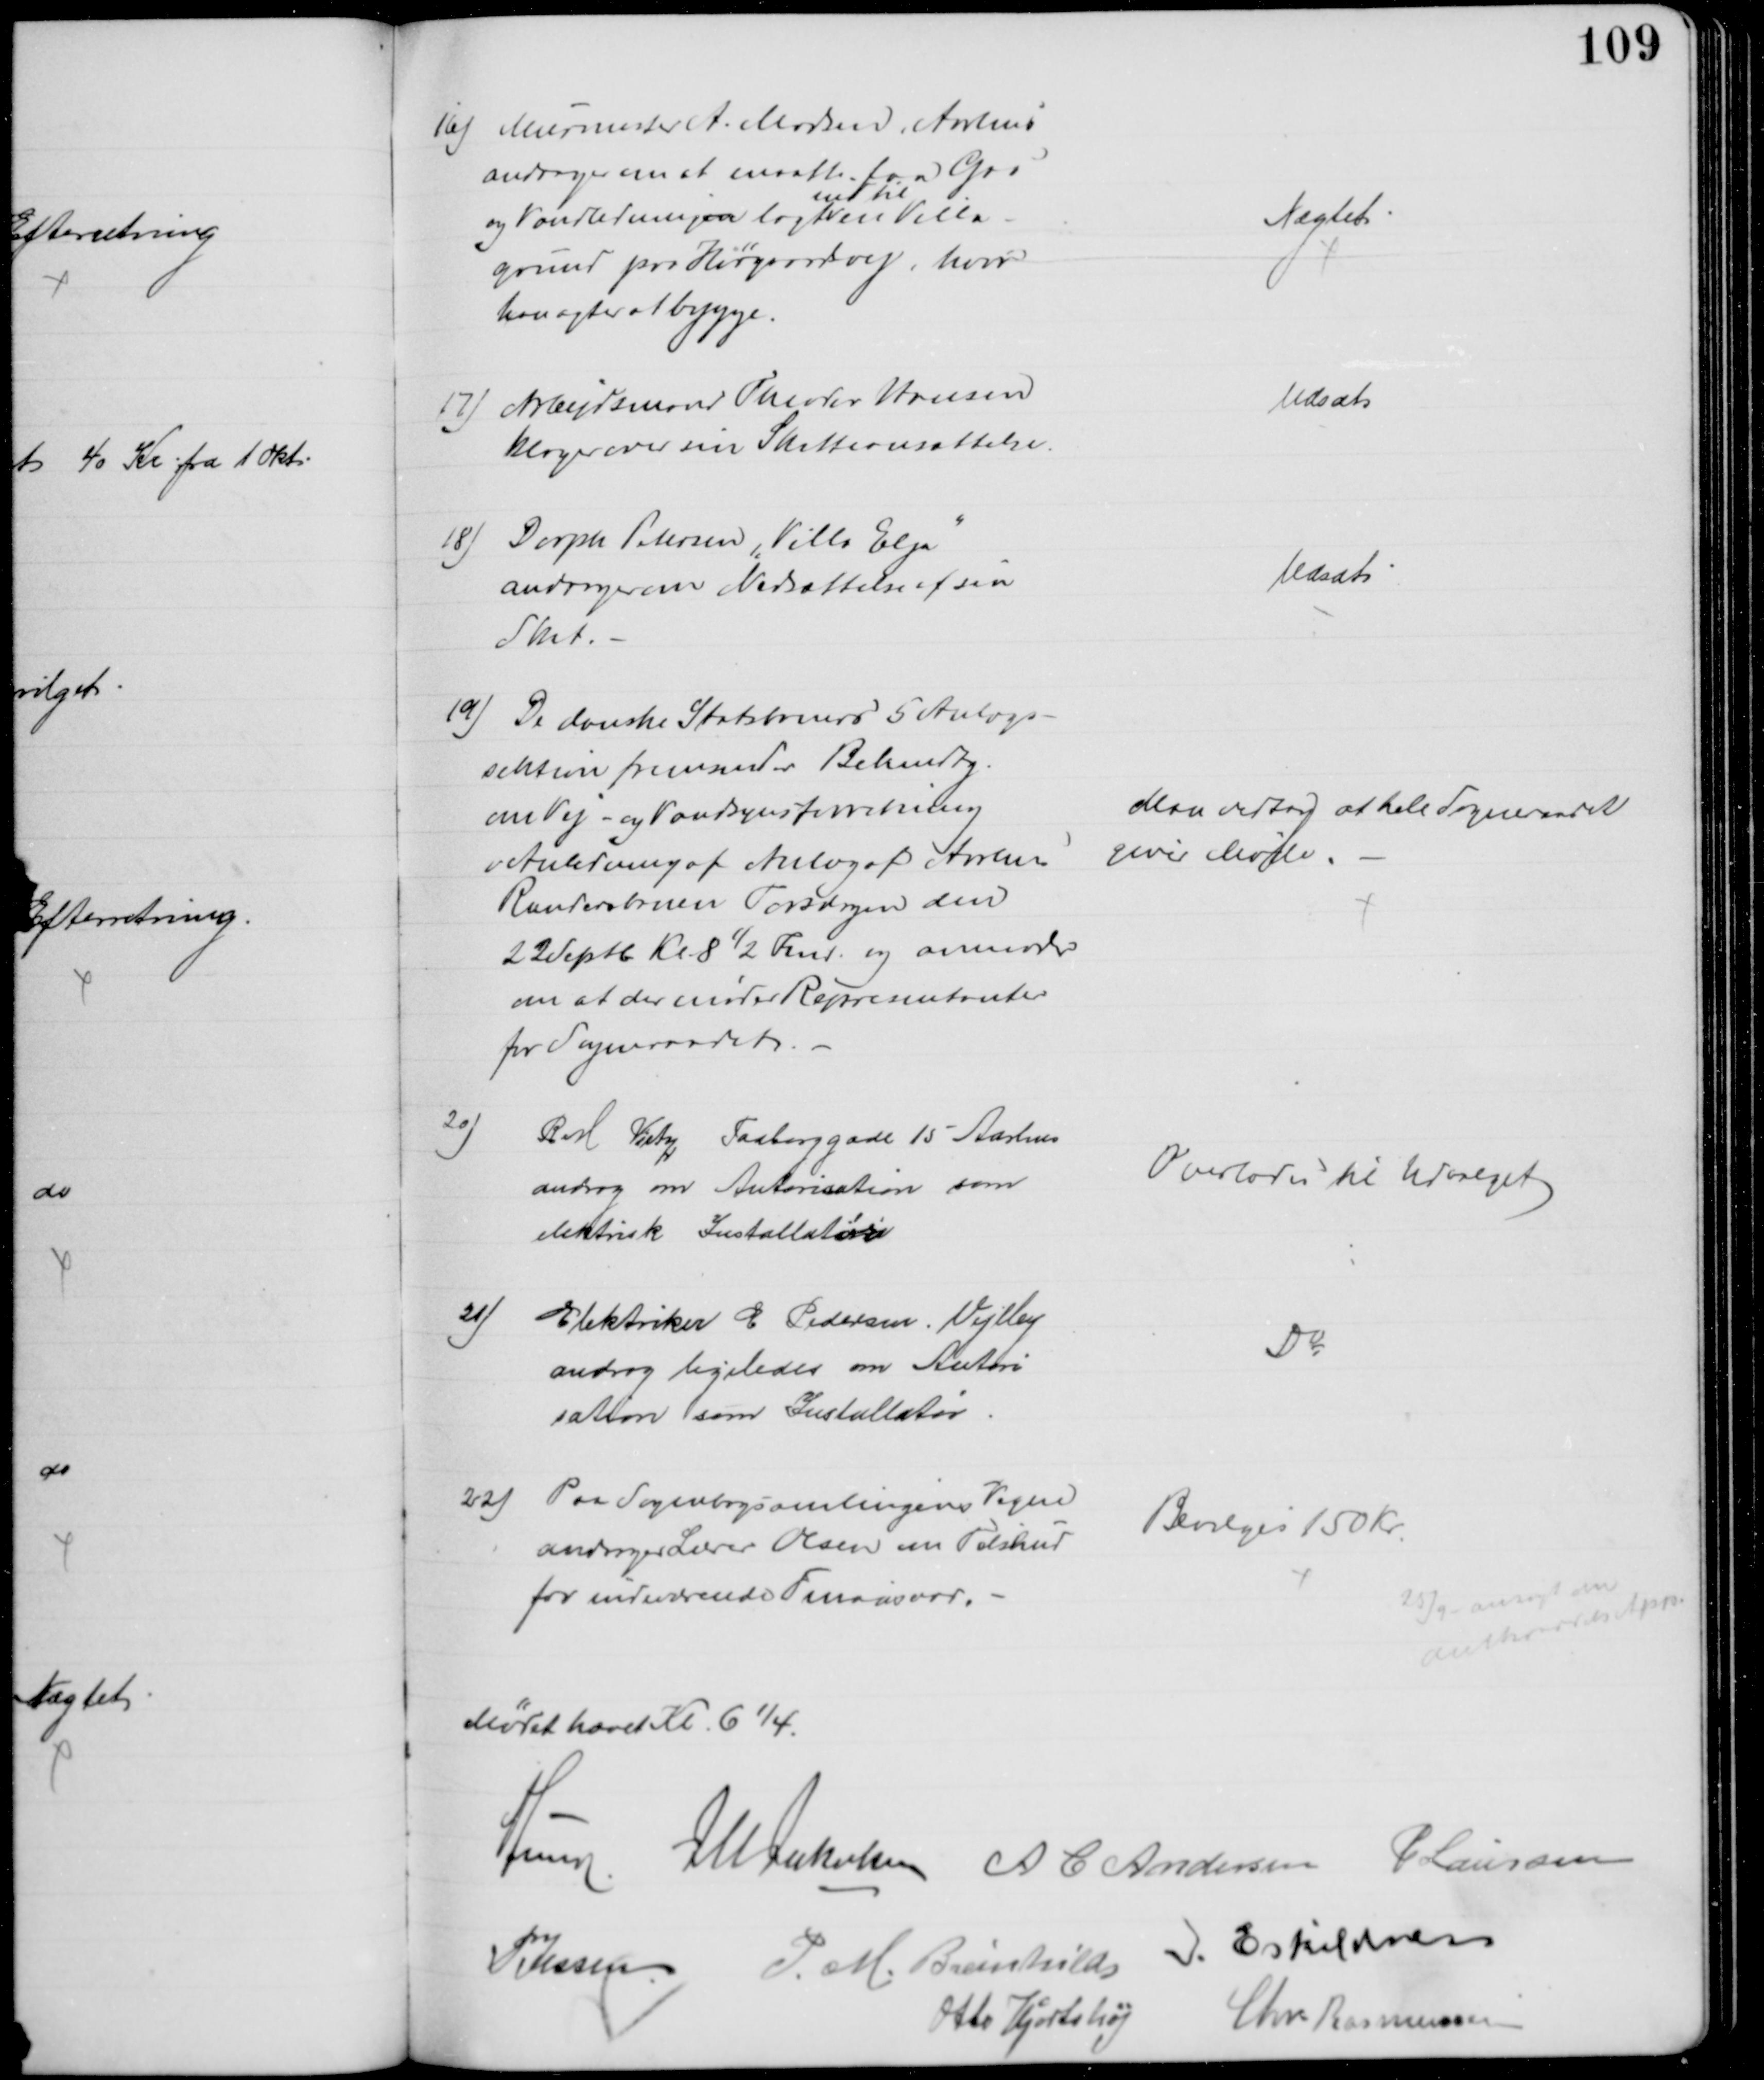
Transskription:
16) Murmester A. Madsen, Aarhus
andrager om at maatte faa Gas
og Vandledningen lagt
ind til
en Villa-
grund paa Hørgaardsvej, hvor
han agter at bygge.
Nægtet
17) Arbejdsmand Theoder Hansen
klager over sin Skatteansættelse.
Udsat
18) Dorph Petersen "Villa Elja"
andrager om Nedsættelse af sin
Skat.
Udsat
19) De danske Statsbaners 5 Anlægs-
sektion fremsender Bekendtg.
om Vej- og Vandsynsforretning
i Anledning af Anlæg af Aarhus
Randersbanen Torsdagen den
22 Septbr Kl. 8½ Fmd. og anmoder
om at der møder Repræsentanter
for Sogneraadet.
Man vedtog at hele Sogneraadet
giver Møde.
20)
R M Vietz Faaborggade 15 Aarhus
androg om Autorisation som
elektrisk Installatør
Overlodes til Udvalget
21)
Elektriker E Pedersen, Vejlby
androg ligeledes om Autori
sation som Installatør
Do
22) Paa Sognebogsamlingens Vegne
andrager Lærer Olsen om Tilskud
for indeværende Finansaar.
Bevilges 150 Kr.
25/9 ansøgt om
Amtsraadets App.
Mødet hævet Kl. 6¼.
A Lund J M Jakobsen A C Andersen P Laursen
P Jessen P. M. Breinhild J. Eskildsen
Otto Hjortshøj
Chr. Rasmussen